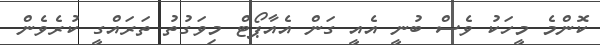
ކޮންމެ މީހަކު ވެސް ބުނީ އެއީ ގަން އެއާޕޯޓް މިވަގުތު ތަރައްގީ ކުރެވެން